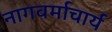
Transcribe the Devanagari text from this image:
नागवर्माचार्य